Report of the Indian Hemp Drugs Commission, 1894-1895 - Volume II
Year: 1894
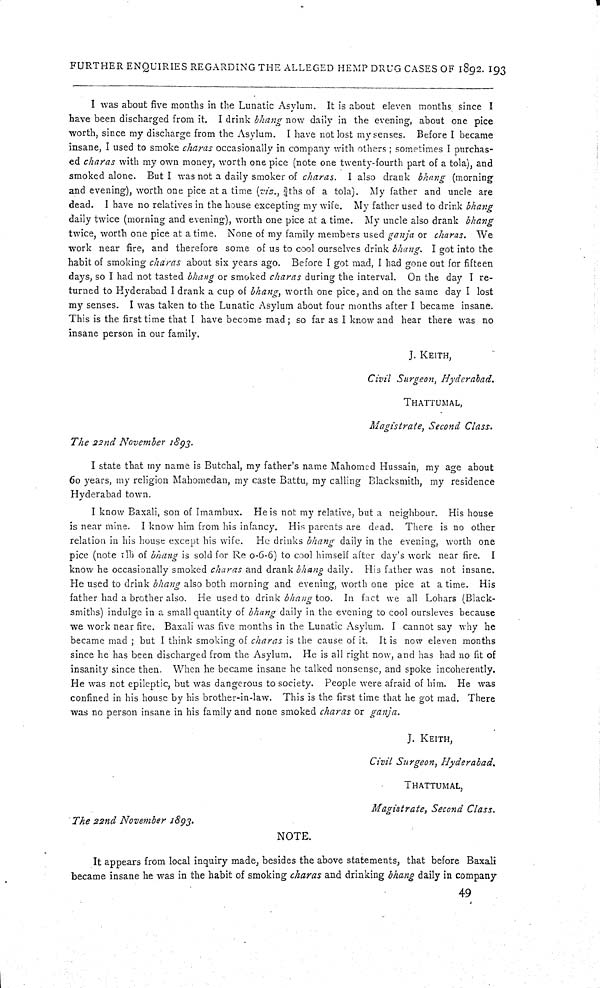
FURTHER ENQUIRIES REGARDING THE ALLEGED HEMP DRUG CASES OF 1892. 193
I was about five months in the Lunatic Asylum. It is about eleven months since I
have been discharged from it. I drink bhang now daily in the evening, about one pice
worth, since my discharge from the Asylum. I have not lost my senses. Before I became
insane, I used to smoke charas occasionally in company with others; sometimes I purchas-
ed charas with my own money, worth one pice (note one twenty-fourth part of a tola), and
smoked alone. But I was not a daily smoker of charas. I also drank bhang (morning
and evening), worth one pice at a time (viz., 3/4ths of a tola). My father and uncle are
dead. I have no relatives in the house excepting my wife. My father used to drink bhang
daily twice (morning and evening), worth one pice at a time. My uncle also drank bhang
twice, worth one pice at a time. None of my family members used ganja or charas. We
work near fire, and therefore some of us to cool ourselves drink bhang. I got into the
habit of smoking charas about six years ago. Before I got mad, I had gone out for fifteen
days, so I had not tasted bhang or smoked charas during the interval. On the day I re-
turned to Hyderabad I drank a cup of bhang, worth one pice, and on the same day I lost
my senses. I was taken to the Lunatic Asylum about four months after I became insane.
This is the first time that I have become mad; so far as I know and hear there was no
insane person in our family.
J. KEITH,
Civil Surgeon, Hyderabad.
THATTUMAL,
Magistrate, Second Class.
The 22nd November 1893.
I state that my name is Butchal, my father's name Mahomed Hussain, my age about
60 years, my religion Mahomedan, my caste Battu, my calling Blacksmith, my residence
Hyderabad town.
I know Baxali, son of Imambux. He is not my relative, but a neighbour. His house
is near mine. I know him from his infancy. His parents are dead. There is no other
relation in his house except his wife. He drinks bhang daily in the evening, worth one
pice (note 1lb of bhang is sold for Re 0-6-6) to cool himself after day's work near fire. I
know he occasionally smoked charas and drank bhang daily. His father was not insane.
He used to drink bhang also both morning and evening, worth one pice at a time. His
father had a brother also. He used to drink bhang too. In fact we all Lohars (Black-
smiths) indulge in a small quantity of bhang daily in the evening to cool oursleves because
we work near fire. Baxali was five months in the Lunatic Asylum. I cannot say why he
became mad; but I think smoking of charas is the cause of it. It is now eleven months
since he has been discharged from the Asylum. He is all right now, and has had no fit of
insanity since then. When he became insane he talked nonsense, and spoke incoherently.
He was not epileptic, but was dangerous to society. People were afraid of him. He was
confined in his house by his brother-in-law. This is the first time that he got mad. There
was no person insane in his family and none smoked charas or ganja.
J. KEITH,
Civil Surgeon, Hyderabad.
THATTUMAL,
Magistrate, Second Class.
The 22nd November 1893.
NOTE.
It appears from local inquiry made, besides the above statements, that before Baxali
became insane he was in the habit of smoking charas and drinking bhang daily in company
49